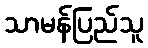
သာမန်ပြည်သူ